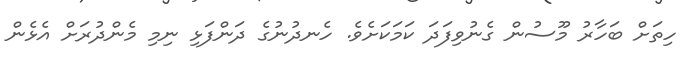
ހިތަށް ބަހާރު މޫސުން ގެނުވިފަދަ ކަމަކަށެވެ. ހެނދުނުގެ ދަންފަޅި ނިމި މެންދުރަށް އެޅެން